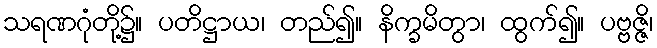
သရဏဂုံတို့၌။ ပတိဋ္ဌာယ၊ တည်၍။ နိက္ခမိတွာ၊ ထွက်၍။ ပဗ္ဗဇ္ဇိ၊